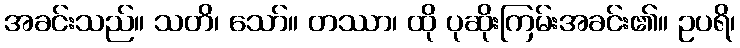
အခင်းသည်။ သတိ၊ သော်။ တဿာ၊ ထို ပုဆိုးကြမ်းအခင်း၏။ ဥပရိ၊